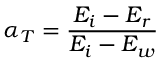
\alpha _ { T } = \frac { E _ { i } - E _ { r } } { E _ { i } - E _ { w } }